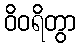
ဝိဝရိတွာ